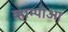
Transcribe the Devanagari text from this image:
व्हाम्पोआ